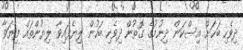
ދިވެހި ބަހަށް އިސްކަން ދިނުމުގެ ގޮތުން ދިވެހި ބަހުން ލިޔެފައިވާ ލިޔުންތައް ފިޔަވާ